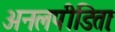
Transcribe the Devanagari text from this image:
अनलपीडिताः